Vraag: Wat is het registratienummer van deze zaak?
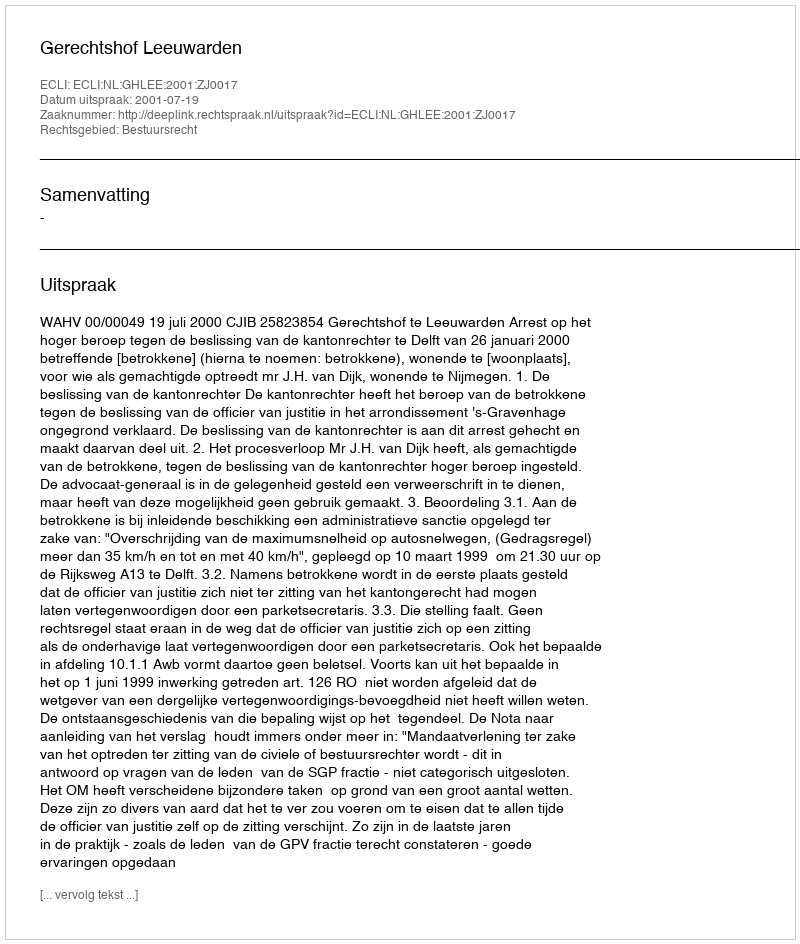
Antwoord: http://deeplink.rechtspraak.nl/uitspraak?id=ECLI:NL:GHLEE:2001:ZJ0017